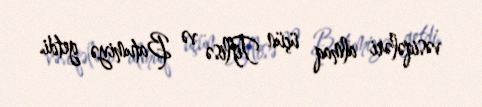
vəsiqələri almaq üçün Tiflisə və Batumiyə getdi.